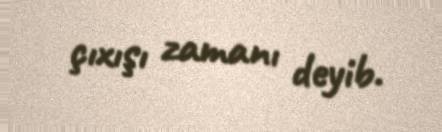
çıxışı zamanı deyib.